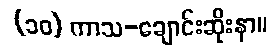
(၁၀) ကာသ-ချောင်းဆိုးနာ။